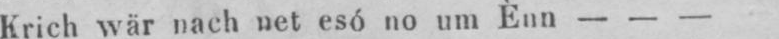
Krich wär nach net esó no um Ènn - - -